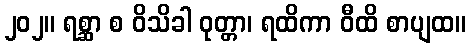
၂၀၂။ ရစ္ဆာ စ ဝိသိခါ ဝုတ္တာ၊ ရထိကာ ဝီထိ စာပျထ။